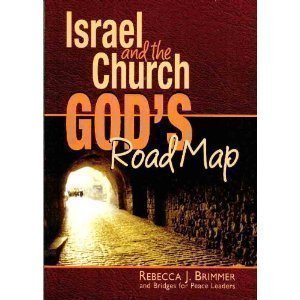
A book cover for ISRAEL AND THE CHURCH: God's Road Map; Rebecca J. Brimmer; Travel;